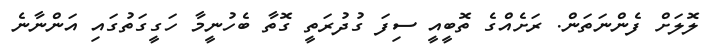
ލޮލަށް ފެންނަތަން. ރަށެއްގެ ތޮބީއީ ސިފަ ގުދުރަތީ ގޮތާ ބެހުނީމާ ހަގީގަތުގައި އަންނާނެ